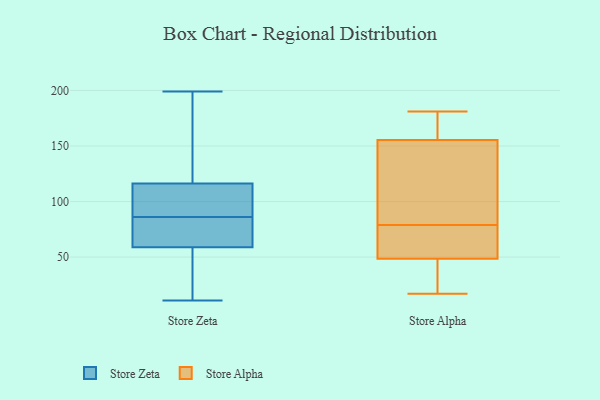
{"axis": {"x": "Headcount", "y": "Value"}, "legend": ["Store Alpha", "Store Zeta"], "data": [{"x": "", "y": 54, "type": "Store Zeta"}, {"x": "", "y": 71, "type": "Store Zeta"}, {"x": "", "y": 199, "type": "Store Zeta"}, {"x": "", "y": 11, "type": "Store Zeta"}, {"x": "", "y": 67, "type": "Store Zeta"}, {"x": "", "y": 103, "type": "Store Zeta"}, {"x": "", "y": 145, "type": "Store Zeta"}, {"x": "", "y": 114, "type": "Store Zeta"}, {"x": "", "y": 86, "type": "Store Zeta"}, {"x": "", "y": 117, "type": "Store Zeta"}, {"x": "", "y": 56, "type": "Store Zeta"}, {"x": "", "y": 72, "type": "Store Alpha"}, {"x": "", "y": 151, "type": "Store Alpha"}, {"x": "", "y": 44, "type": "Store Alpha"}, {"x": "", "y": 60, "type": "Store Alpha"}, {"x": "", "y": 109, "type": "Store Alpha"}, {"x": "", "y": 17, "type": "Store Alpha"}, {"x": "", "y": 24, "type": "Store Alpha"}, {"x": "", "y": 86, "type": "Store Alpha"}, {"x": "", "y": 53, "type": "Store Alpha"}, {"x": "", "y": 167, "type": "Store Alpha"}, {"x": "", "y": 160, "type": "Store Alpha"}, {"x": "", "y": 181, "type": "Store Alpha"}]}